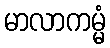
မာလာကမ္မံ